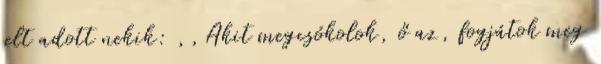
jelt adott nekik: ,,Akit megcsókolok, ő az, fogjátok meg